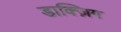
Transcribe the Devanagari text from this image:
डाक्ज़िग